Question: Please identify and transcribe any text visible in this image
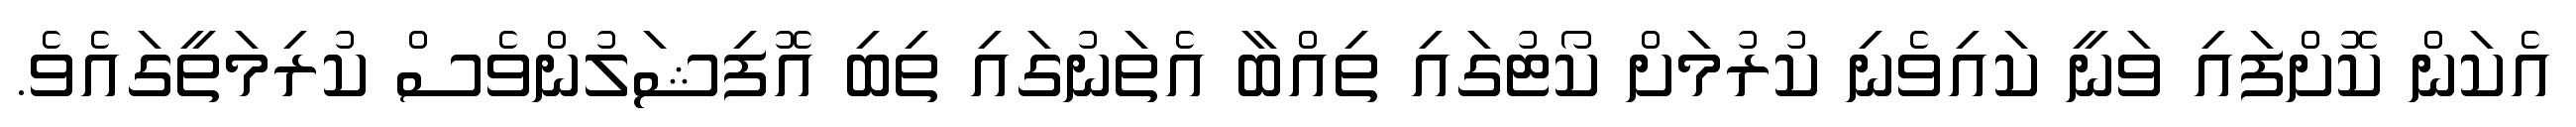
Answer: އެކަން ކޮށްފައި ވަނީ ކައިވެނި ކުރުމަށް ކޯޓުގައި ތިއްބާ އެތަނުގައި ތިބި އޮފިޝަލުންވެސް ކުރިމަތީގައެވެ.